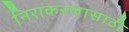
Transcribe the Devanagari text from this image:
निराकरणासाठी